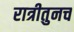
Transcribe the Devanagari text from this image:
रात्रीतुनच